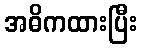
အဓိကထားပြီး